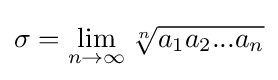
\sigma =\lim _{n\to \infty }{\sqrt[{n}]{a_{1}a_{2}...a_{n}}}